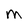
Character: M